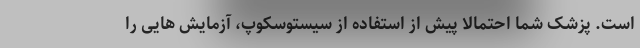
است. پزشک شما احتمالا پیش از استفاده از سیستوسکوپ، آزمایش هایی را